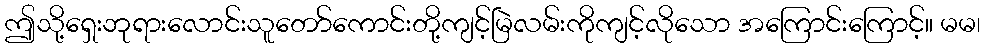
ဤသို့ရှေးဘုရားလောင်းသူတော်ကောင်းတို့ကျင့်မြဲလမ်းကိုကျင့်လိုသော အကြောင်းကြောင့်။ မမ၊